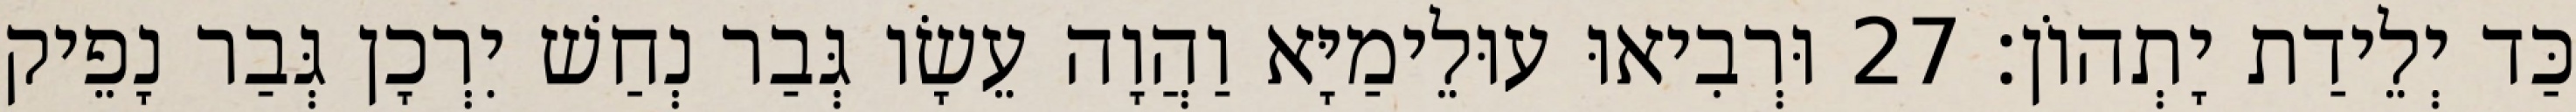
כַּד יְלֵידַת יָתְהוֹן׃ 27 וּרְבִיאוּ עוּלֵימַיָּא וַהֲוָה עֵשָׂו גְּבַר נְחַשׁ יִרְכָן גְּבַר נָפֵיק